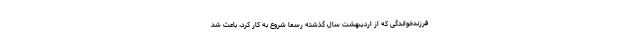
فرزندخواندگی که از اردیبهشت سال گذشته رسما شروع به کار کرد، باعث شد